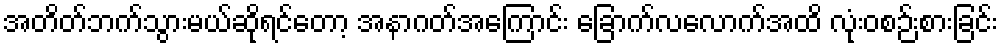
အတိတ်ဘက်သွားမယ်ဆိုရင်တော့ အနာဂတ်အကြောင်း ခြောက်လလောက်အထိ လုံးဝစဉ်းစားခြင်း